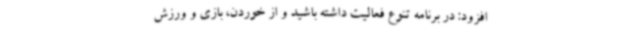
افزود: در برنامه تنوع فعالیت داشته باشید و از خوردن، بازی و ورزش